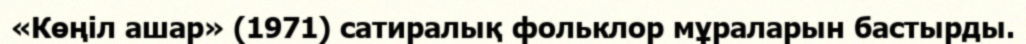
«Көңіл ашар» (1971) сатиралық фольклор мұраларын бастырды.